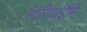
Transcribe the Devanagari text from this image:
मारियाईमि